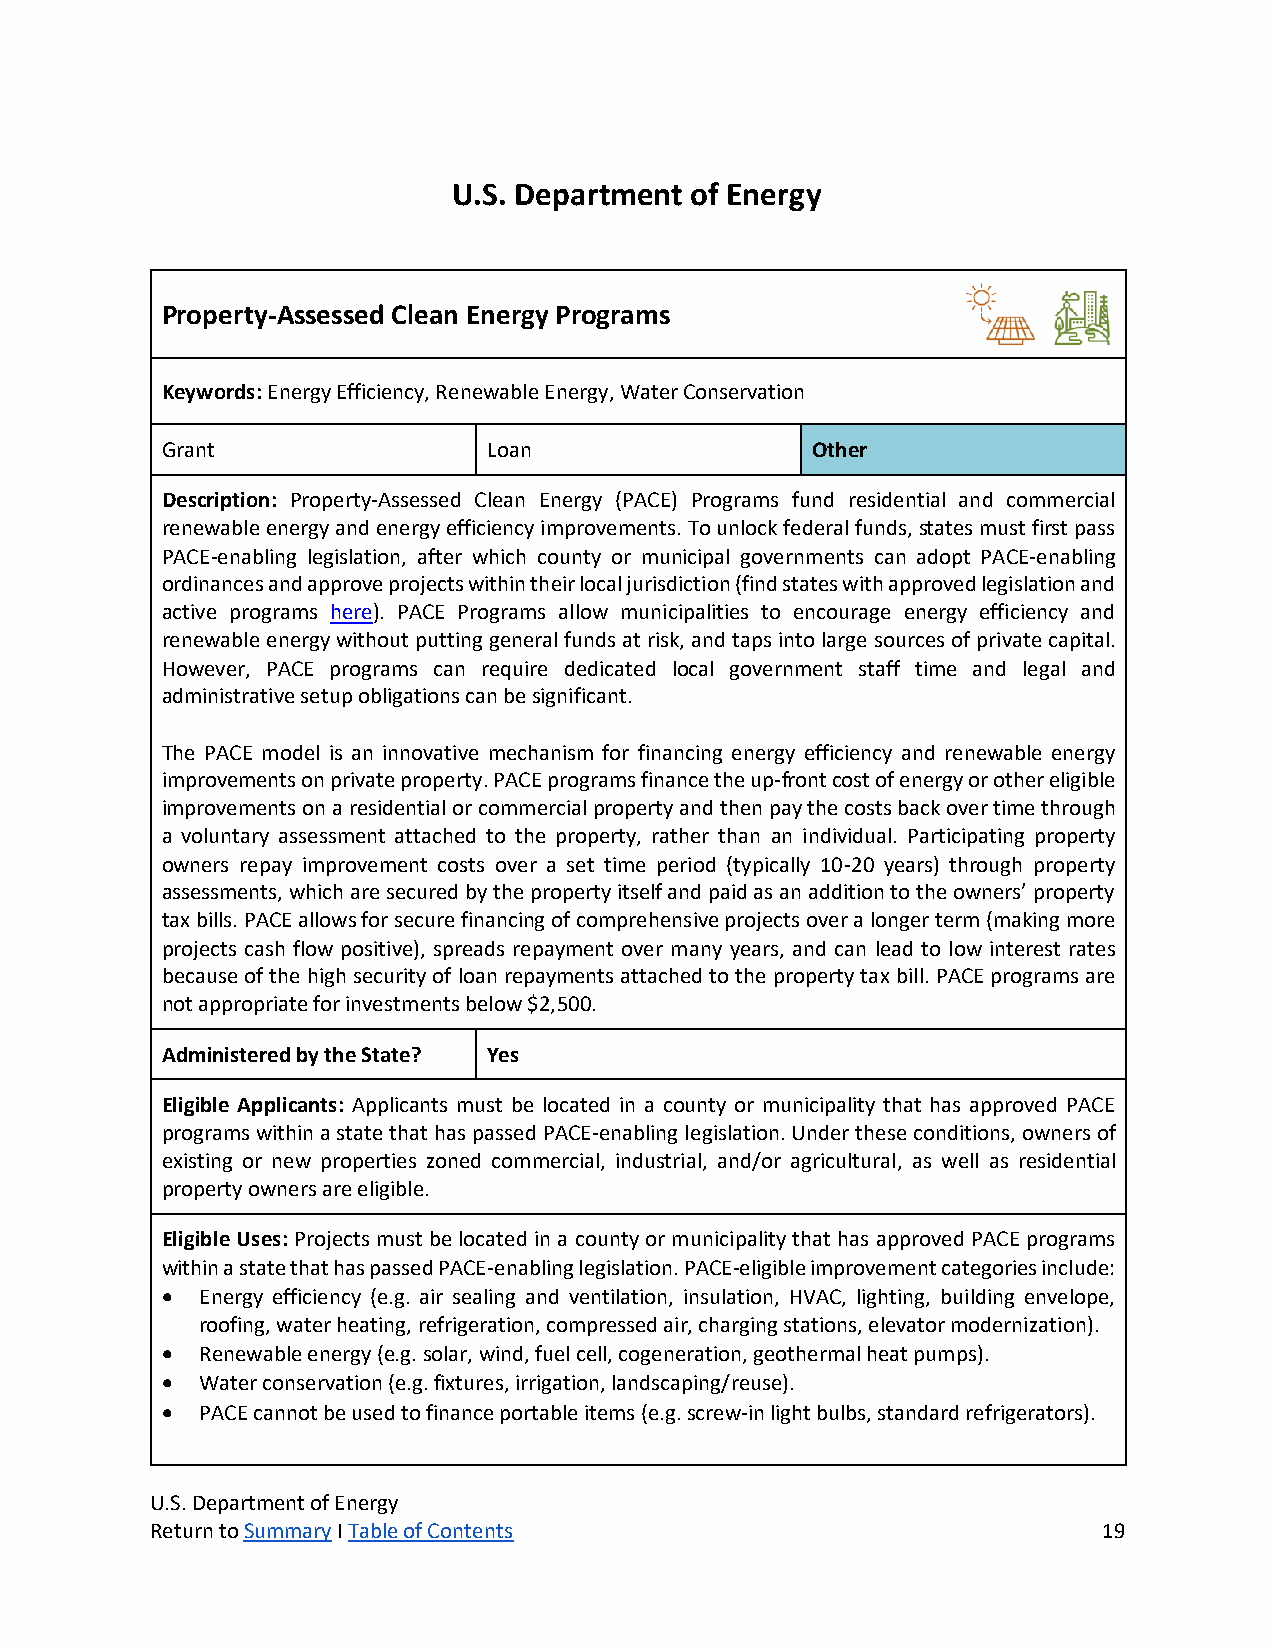
U.S. Department of Energy
 Property-Assessed Clean Energy Programs
 Keywords: Energy Efficiency, Renewable Energy, Water Conservation
 Grant                Loan                  Other
 Description: Property-Assessed Clean Energy (PACE) Programs fund residential and commercial
 renewable energy and energy efficiency improvements. To unlock federal funds, states must first pass
 PACE-enabling legislation, after which county or municipal governments can adopt PACE-enabling
 ordinances and approve projects within their local jurisdiction (find states with approved legislation and
 active programs here). PACE Programs allow municipalities to encourage energy efficiency and
 renewable energy without putting general funds at risk, and taps into large sources of private capital.
 However, PACE programs can require dedicated local government staff time and legal and
 administrative setup obligations can be significant.
 The PACE model is an innovative mechanism for financing energy efficiency and renewable energy
 improvements on private property. PACE programs finance the up-front cost of energy or other eligible
 improvements on a residential or commercial property and then pay the costs back over time through
 a voluntary assessment attached to the property, rather than an individual. Participating property
 owners repay improvement costs over a set time period (typically 10-20 years) through property
 assessments, which are secured by the property itself and paid as an addition to the owners’ property
 tax bills. PACE allows for secure financing of comprehensive projects over a longer term (making more
 projects cash flow positive), spreads repayment over many years, and can lead to low interest rates
 because of the high security of loan repayments attached to the property tax bill. PACE programs are
 not appropriate for investments below $2,500.
 Administered by the State? Yes
 Eligible Applicants: Applicants must be located in a county or municipality that has approved PACE
 programs within a state that has passed PACE-enabling legislation. Under these conditions, owners of
 existing or new properties zoned commercial, industrial, and/or agricultural, as well as residential
 property owners are eligible.
 Eligible Uses: Projects must be located in a county or municipality that has approved PACE programs
 within a state that has passed PACE-enabling legislation. PACE-eligible improvement categories include:
 • Energy efficiency (e.g. air sealing and ventilation, insulation, HVAC, lighting, building envelope,
 roofing, water heating, refrigeration, compressed air, charging stations, elevator modernization).
 • Renewable energy (e.g. solar, wind, fuel cell, cogeneration, geothermal heat pumps).
 • Water conservation (e.g. fixtures, irrigation, landscaping/reuse).
 • PACE cannot be used to finance portable items (e.g. screw-in light bulbs, standard refrigerators).
 U.S. Department of Energy
 Return to Summary I Table of Contents                          19